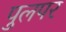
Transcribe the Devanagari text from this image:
पुलपर